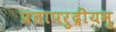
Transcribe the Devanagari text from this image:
प्रतापरुद्रीयमु